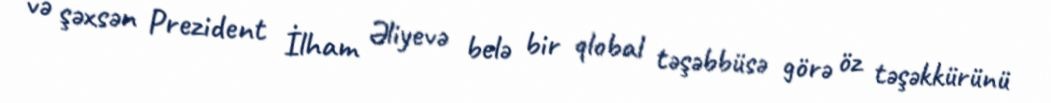
və şəxsən Prezident İlham Əliyevə belə bir qlobal təşəbbüsə görə öz təşəkkürünü